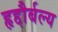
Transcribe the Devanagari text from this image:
हृद्दौर्बल्य